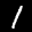
Label: 1